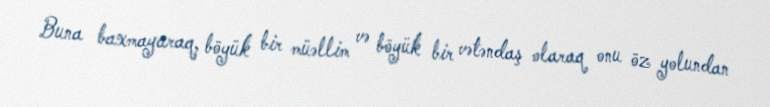
Buna baxmayaraq, böyük bir müəllim və böyük bir vətəndaş olaraq onu öz yolundan